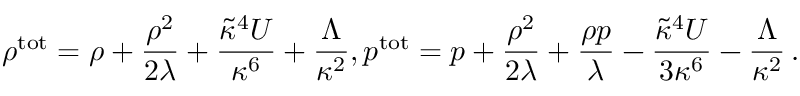
\rho ^ { \mathrm { t o t } } = \rho + { \frac { \rho ^ { 2 } } { 2 \lambda } } + { \frac { \widetilde { \kappa } ^ { 4 } { \cal U } } { \kappa ^ { 6 } } } + { \frac { \Lambda } { \kappa ^ { 2 } } } , p ^ { \mathrm { t o t } } = p + { \frac { \rho ^ { 2 } } { 2 \lambda } } + { \frac { \rho p } { \lambda } } - { \frac { \widetilde { \kappa } ^ { 4 } { \cal U } } { 3 \kappa ^ { 6 } } } - { \frac { \Lambda } { \kappa ^ { 2 } } } \, .